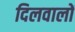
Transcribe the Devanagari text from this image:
दिलवालों